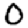
Digit: 0